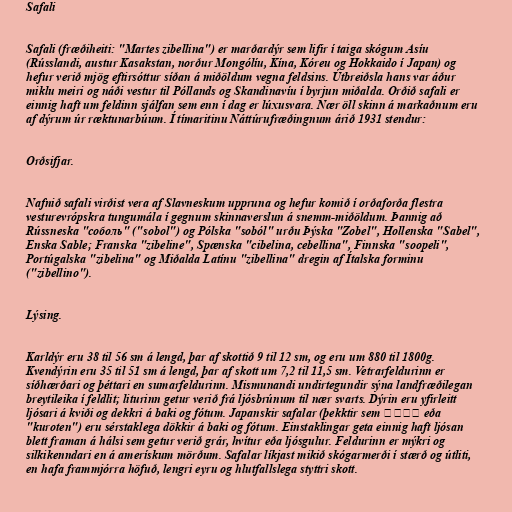
Safali

Safali (fræðiheiti: "Martes zibellina") er marðardýr sem lifir í taiga skógum Asíu
(Rússlandi, austur Kasakstan, norður Mongólíu, Kína, Kóreu og Hokkaido í Japan) og
hefur verið mjög eftirsóttur síðan á miðöldum vegna feldsins. Útbreiðsla hans var áður
miklu meiri og náði vestur til Póllands og Skandinavíu í byrjun miðalda. Orðið safali er
einnig haft um feldinn sjálfan sem enn í dag er lúxusvara. Nær öll skinn á markaðnum eru
af dýrum úr ræktunarbúum. Í tímaritinu Náttúrufræðingnum árið 1931 stendur:

Orðsifjar.

Nafnið safali virðist vera af Slavneskum uppruna og hefur komið í orðaforða flestra
vesturevrópskra tungumála í gegnum skinnaverslun á snemm-miðöldum. Þannig að
Rússneska "соболь" ("sobol") og Pólska "soból" urðu Þýska "Zobel", Hollenska "Sabel",
Enska Sable; Franska "zibeline", Spænska "cibelina, cebellina", Finnska "soopeli",
Portúgalska "zibelina" og Miðalda Latínu "zibellina" dregin af Ítalska forminu
("zibellino").

Lýsing.

Karldýr eru 38 til 56 sm á lengd, þar af skottið 9 til 12 sm, og eru um 880 til 1800g.
Kvendýrin eru 35 til 51 sm á lengd, þar af skott um 7,2 til 11,5 sm. Vetrarfeldurinn er
síðhærðari og þéttari en sumarfeldurinn. Mismunandi undirtegundir sýna landfræðilegan
breytileika í feldlit; liturinn getur verið frá ljósbrúnum til nær svarts. Dýrin eru yfirleitt
ljósari á kviði og dekkri á baki og fótum. Japanskir safalar (þekktir sem クロテン eða
"kuroten") eru sérstaklega dökkir á baki og fótum. Einstaklingar geta einnig haft ljósan
blett framan á hálsi sem getur verið grár, hvítur eða ljósgulur. Feldurinn er mýkri og
silkikenndari en á amerískum mörðum. Safalar líkjast mikið skógarmerði í stærð og útliti,
en hafa frammjórra höfuð, lengri eyru og hlutfallslega styttri skott.